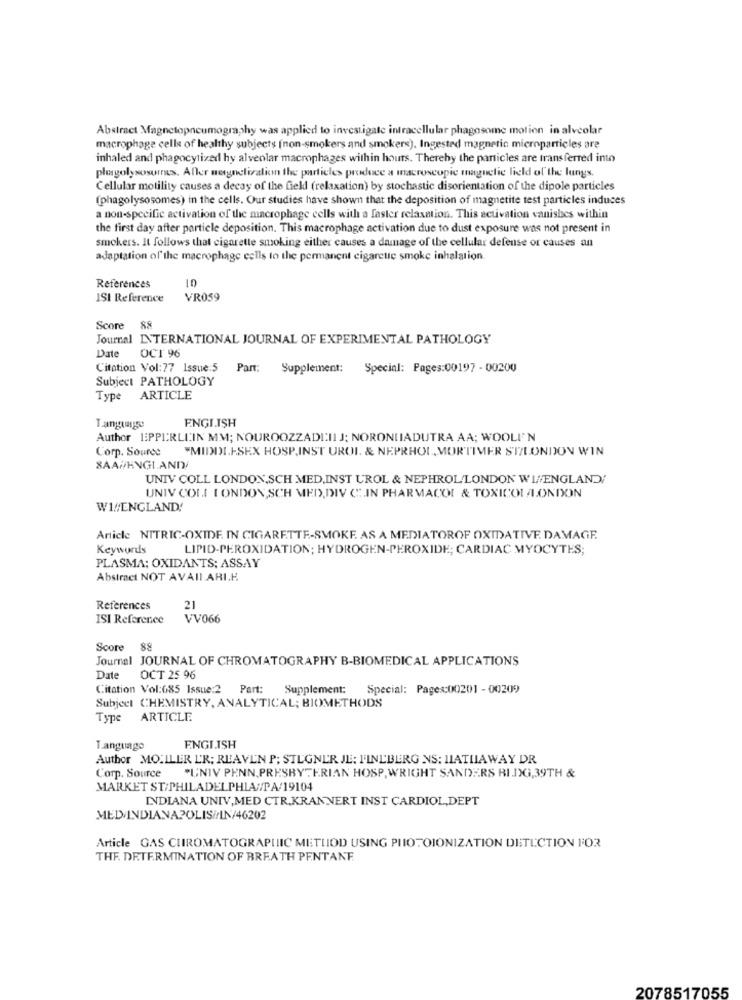
Abstract Magnetopneumography was applied to investigate intracellular phagosome motion in alveolar
macrophage cells of healthy subjects (non-smokers and smokers), Ingested magnetic microparticles are
inhaled and phagocytized hy alveolar macrophages within hours. Thereby the particles are transferred into
plusgolysosomes. Aller megneferalion the particles produce a macroscopic magnetic field of the lungs.
Cellular motility causes a decay of the field (relaxation) by stochastic disorientation of the dipole particles
(phagolysosomes) in the cells. Our studies have shown that the deposition of magnetite test particles induces
a non-specific activation of the macrophage cells with a faster relaxation. This activation vanishes within
the first day after particle deposition. This macrophage activation due to dust exposure was not present in
smokers. It follows that cigarette smoking either causes a damage of the cellular defense or causes an
adaptation of the macrophage cells to the permanent cigarette smoke inhalation.
References
ISI Reference
VR059
Score 88
Journal INTERNATIONAL JOURNAL OF EXPERIMENTAL PATHOLOGY
Date
OCT 96
Citation Vol:77 Issue:5
Part:
Supplement: Special: Pages:00197 - 00200
Subject PATHOLOGY
Type ARTICLE
ENGLISH
Tanguayse
Author EPPIRLLIN MM; NOUROOZZADI:II J; NORONIADUTRA AA; WOOLEN
Corp. Source
"MIDDLESEX HOSP.INST UROI. & NEPRHOL, MORTIMER SIZLONDON WIN
UNIV COLL LONDON,SCH MED,INST UROL & NEPHROL/LONDON WI#ENGLAND/
UNIV COLL [ ONDON ,SCH MED,DIV C"IN PHARMACOL & TOXICOLLONDON
W1/ENGLAND!
Article NITRIC-OXIDE. IN CIGARETTE-SMOKE. AS A MEDIATOROF OXIDATIVE DAMAGE.
Keywords
LIPID-PEROXIDATION; HYDROGEN-PEROXIDE; CARDIAC MYOCYTES;
PLASMA: OXIDANTS: ASSAY
Abstract NOT AVAILARIK
References
21
ISI Reference
VV066
Score 88
Journal JOURNAL OF CHROMATOGRAPHY B-BIOMEDICAL APPLICATIONS
Date
OCT 25 96
Citation Vol:685 Issue:2
Part:
Supplement:
Special: Pages:00201 - 00209
Subject CHEMISTRY, ANALYTICAL; BIOMETHODS
Type
ARTICLE
Language
ENGLISH
Author MO.ILER L'R; REAVE'N P; STLGNER JE: F'INLBERG NS: HATHAWAY DR
Corp. Source
"UNIV PENN,PRESBYTERIAN HOSP, WRIGHT SANDERS BI.DG,39TH &
MARKET ST/PHILADELPHIA PA/19104
INDIANA UNIV,MED CTR,KRANNERT INST CARDIOL,DEPT
MED/INDIANAPOLISi/IN/46202
Article GAS CHROMATOGRAPHIC METLIOD USING PHOTOIONIZATION DETECTION FOR
THE DETERMINATION OF BREATH PENTANE
2078517055